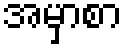
အမှာစာ